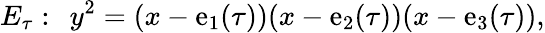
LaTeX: E_{\tau}:\: \: y^{2}=(x-\mathrm{e}_{1}(\tau))(x-\mathrm{e}_{2}(\tau))(x-\mathrm{e}_{3}(\tau)),